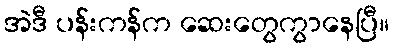
အဲဒီ ပန်းကန်က ဆေးတွေကွာနေပြီ။